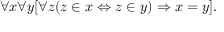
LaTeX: \forall x \forall y [ \forall z ( z \in x \Leftrightarrow z \in y ) \Rightarrow x = y ] .